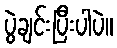
ပွဲချင်းပြီးပါပဲ။